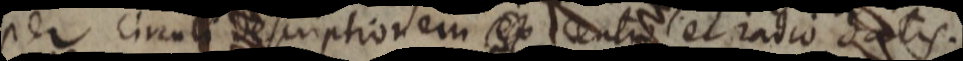
per circuli descriptionem ex centro et ratio datis.